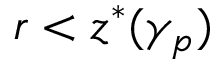
r < z ^ { * } ( \gamma _ { p } )